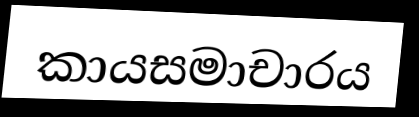
කායසමාචාරය